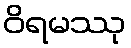
ဝိရမဿု